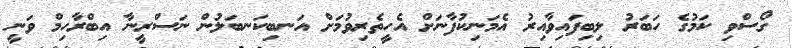
ގޯސްވި ކަމުގެ ހަބަރު ލިބިފައިވާއިރު އެމަނިކުފާނަށް އެހީތެރިވުމަށް އަނބިކަނބަލުން ނަސްރީނާ އިބްރާހިމް ވަނީ